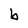
Character: b